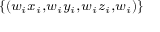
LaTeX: \scriptstyle \{ ( w _ { i } x _ { i } , w _ { i } y _ { i } , w _ { i } z _ { i } , w _ { i } ) \}